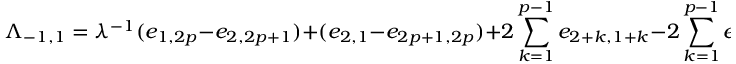
\Lambda _ { - 1 , 1 } = \lambda ^ { - 1 } ( e _ { 1 , 2 p } - e _ { 2 , 2 p + 1 } ) + ( e _ { 2 , 1 } - e _ { 2 p + 1 , 2 p } ) + 2 \sum _ { k = 1 } ^ { p - 1 } e _ { 2 + k , 1 + k } - 2 \sum _ { k = 1 } ^ { p - 1 } e _ { p + 1 + k , p + k } ,